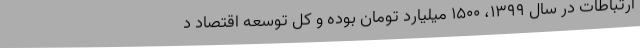
ارتباطات در سال ۱۳۹۹، ۱۵۰۰ میلیارد تومان بوده و کل توسعه اقتصاد د